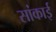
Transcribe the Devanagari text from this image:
सांकाई